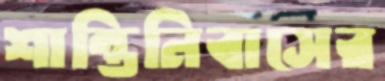
শান্তিনিবাসের